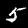
Digit: 5